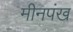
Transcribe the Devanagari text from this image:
मीनपंख